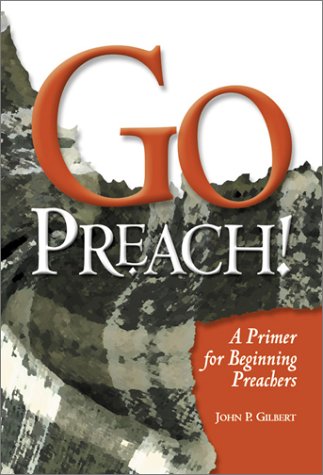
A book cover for Go Preach!: A Primer for Beginning Preachers; Jack Gilbert; Christian Books & Bibles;